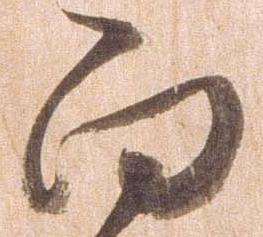
向